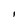
Character: I